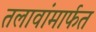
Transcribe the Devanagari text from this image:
तलावांमार्फत